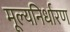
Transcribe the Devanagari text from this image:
मूल्यनिर्धारण